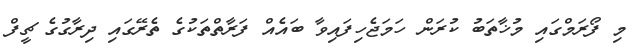
މި ފޯރަމްގައި މުޚާތަބު ކުރަން ހަމަޖެހިފައިވާ ބައެއް ފަރާތްތަކުގެ ތެރޭގައި ދިރާގުގެ ޗީފް